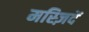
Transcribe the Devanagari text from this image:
मस्ज़िदें